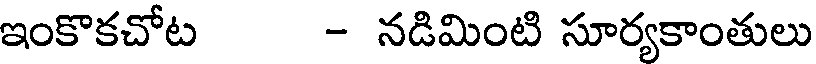
ఇంకొకచోట - నడిమింటి సూర్యకాంతులు